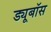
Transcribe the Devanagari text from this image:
ड्यूबॉस